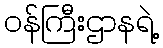
ဝန်ကြီးဌာနရဲ့